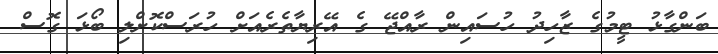
ބަންގާޅު ޓީމުގެ ޒާހިދު ހުސައިން ރާއްޖޭ ގެ އޭރިޔާތެރެއަށް ހުރަސްކޮށްލި ބޯޅަ ގޮސް